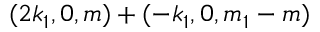
( 2 k _ { 1 } , 0 , m ) + ( - k _ { 1 } , 0 , m _ { 1 } - m )